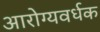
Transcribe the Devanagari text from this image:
आरोग्‍यवर्धक